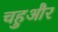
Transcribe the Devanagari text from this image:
चहुऔर